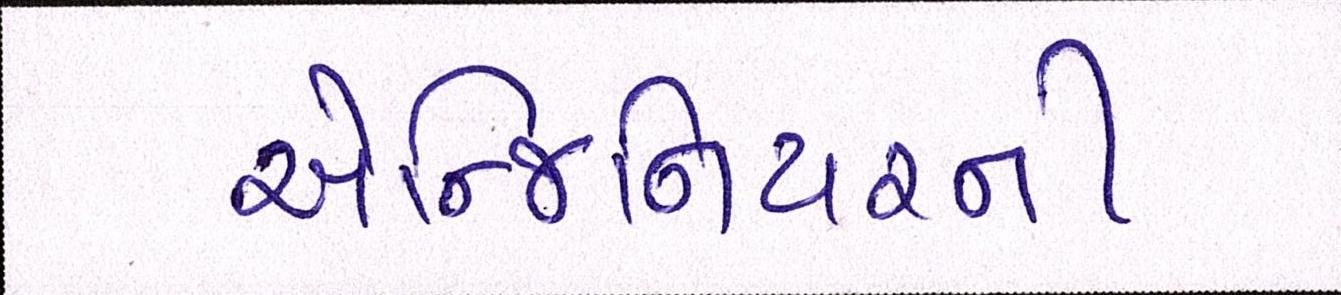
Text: એન્જિનિયરની